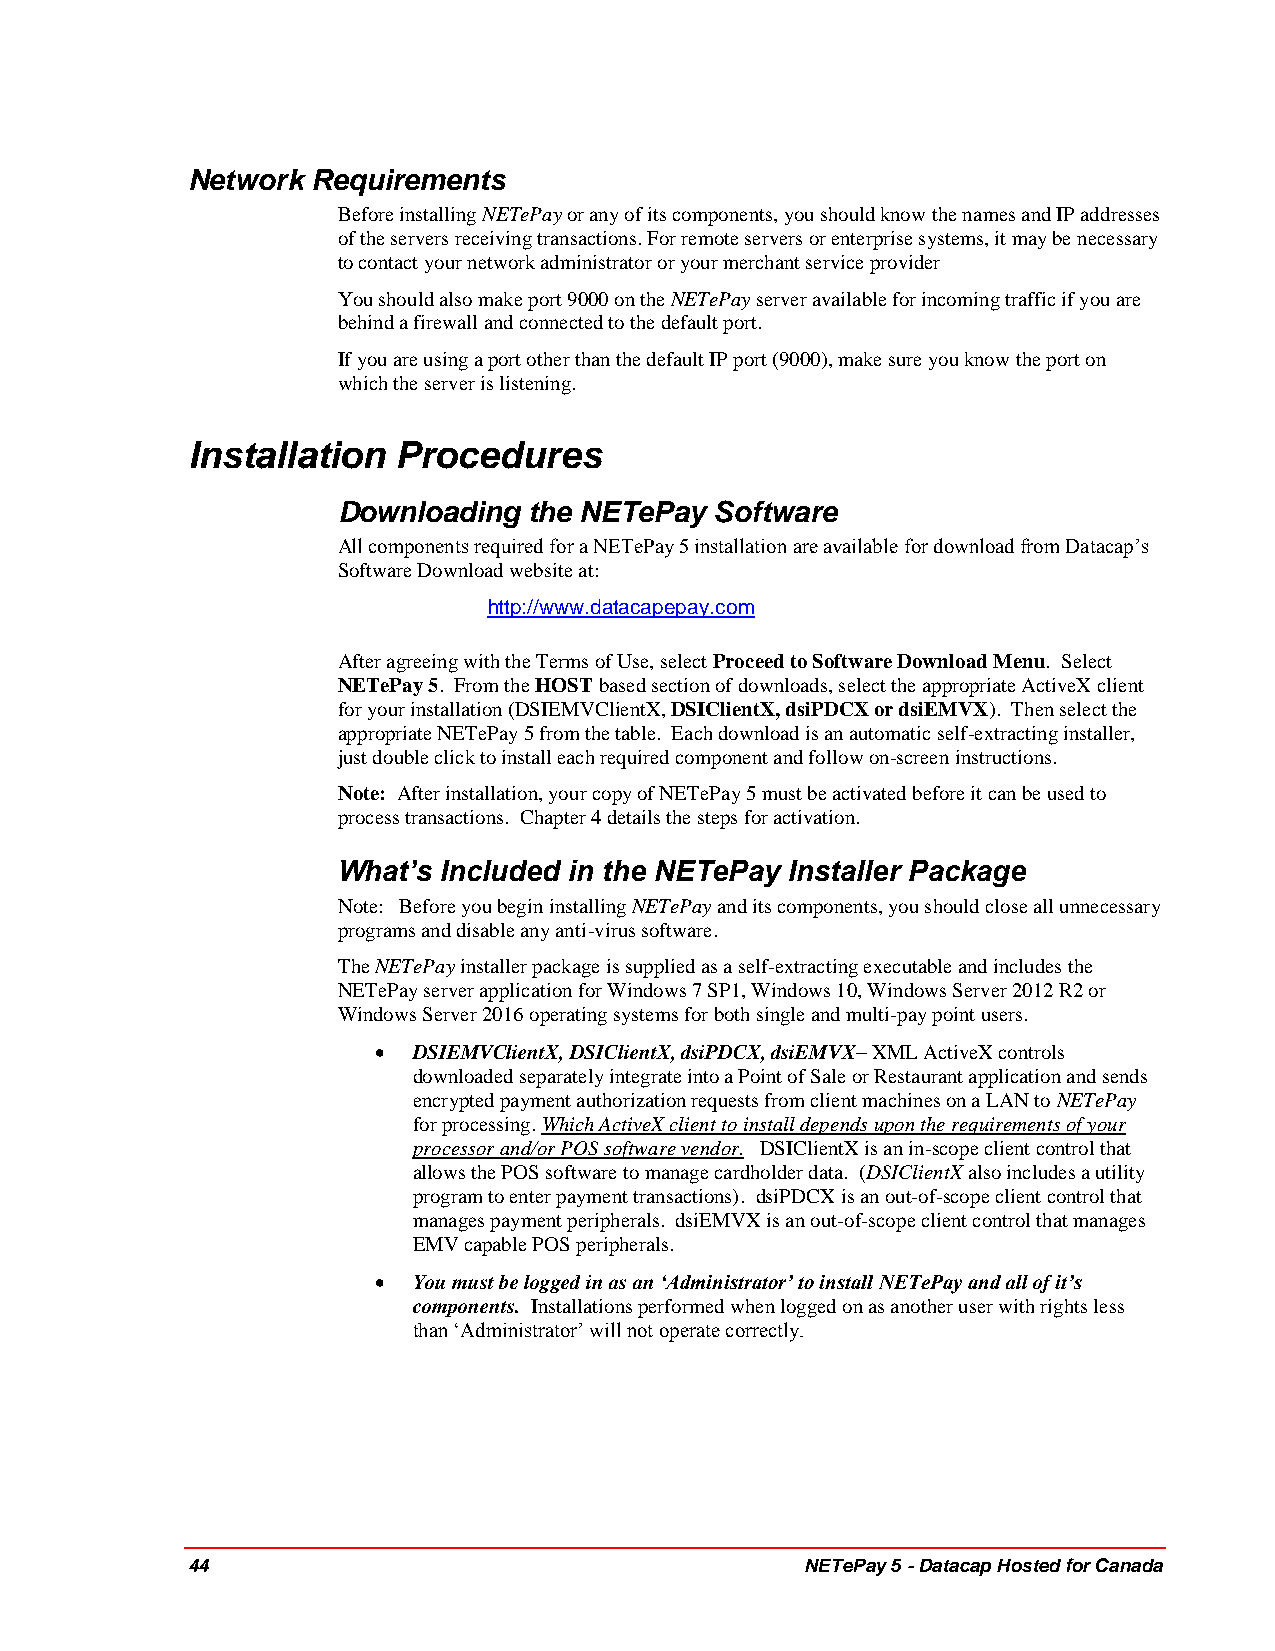
Network  Requirements
 Before installing NETePay or any of its components, you should know the names and IP addresses
 of the servers receiving transactions. For remote servers or enterprise systems, it may be necessary
 to contact your network administrator or your merchant service provider
 You should also make port 9000 on the NETePay server available for incoming traffic if you are
 behind a firewall and connected to the default port.
 If you are using a port other than the default IP port (9000), make sure you know the port on
 which the server is listening.
 Installation  Procedures
 Downloading  the NETePay Software
 All components required for a NETePay 5 installation are available for download from Datacap’s
 Software Download website at:
 http://www.datacapepay.com
 After agreeing with the Terms of Use, select Proceed to Software Download Menu. Select
 NETePay 5. From the HOST based section of downloads, select the appropriate ActiveX client
 for your installation (DSIEMVClientX, DSIClientX, dsiPDCX or dsiEMVX). Then select the
 appropriate NETePay 5 from the table. Each download is an automatic self-extracting installer,
 just double click to install each required component and follow on-screen instructions.
 Note: After installation, your copy of NETePay 5 must be activated before it can be used to
 process transactions. Chapter 4 details the steps for activation.
 What’s Included in the NETePay Installer Package
 Note: Before you begin installing NETePay and its components, you should close all unnecessary
 programs and disable any anti-virus software.
 The NETePay installer package is supplied as a self-extracting executable and includes the
 NETePay server application for Windows 7 SP1, Windows 10, Windows Server 2012 R2 or
 Windows Server 2016 operating systems for both single and multi-pay point users.
  DSIEMVClientX, DSIClientX, dsiPDCX, dsiEMVX– XML ActiveX controls
 downloaded separately integrate into a Point of Sale or Restaurant application and sends
 encrypted payment authorization requests from client machines on a LAN to NETePay
 for processing. Which ActiveX client to install depends upon the requirements of your
 processor and/or POS software vendor. DSIClientX is an in-scope client control that
 allows the POS software to manage cardholder data. (DSIClientX also includes a utility
 program to enter payment transactions). dsiPDCX is an out-of-scope client control that
 manages payment peripherals. dsiEMVX is an out-of-scope client control that manages
 EMV capable POS peripherals.
  You must be logged in as an ‘Administrator’ to install NETePay and all of it’s
 components. Installations performed when logged on as another user with rights less
 than ‘Administrator’ will not operate correctly.
 44                                       NETePay 5 - Datacap Hosted for Canada